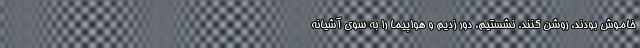
خاموش بودند، روشن کنند. نشستیم، دور زدیم و هواپیما را به سوی آشیانه